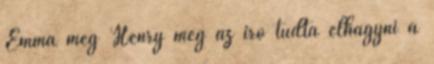
Emma meg Henry meg az író tudta elhagyni a